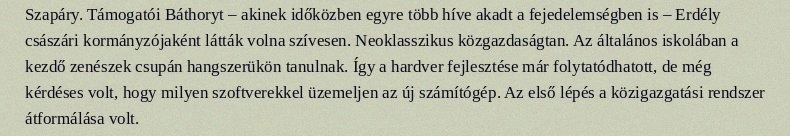
Szapáry. Támogatói Báthoryt – akinek időközben egyre több híve akadt a fejedelemségben is – Erdély császári kormányzójaként látták volna szívesen. Neoklasszikus közgazdaságtan. Az általános iskolában a kezdő zenészek csupán hangszerükön tanulnak. Így a hardver fejlesztése már folytatódhatott, de még kérdéses volt, hogy milyen szoftverekkel üzemeljen az új számítógép. Az első lépés a közigazgatási rendszer átformálása volt.